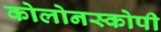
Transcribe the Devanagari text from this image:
कोलोनस्कोपी